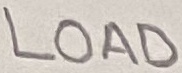
Text: LOAD